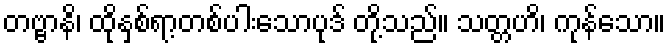
တဗ္ဗာနိ၊ ထိုနှစ်ရာ့တစ်ပါးသောပုဒ် တို့သည်။ သတ္တဟိ၊ ကုန်သော။